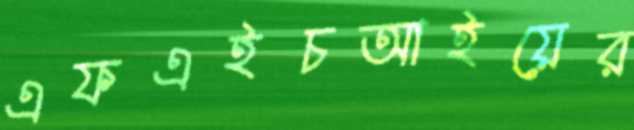
এফএইচআইয়ের